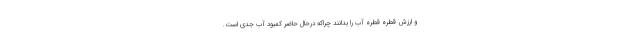
و ارزش قطره قطره آب را بدانند چراکه درحال‌ حاضر کمبود آب جدی است.